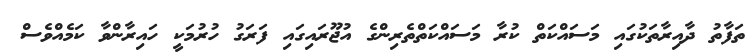
ތަފާތު ދާއިރާތަކުގައި މަސައްކަތް ކުރާ މަސައްކަތްތެރިންގެ އުޖޫރައިގައި ފަރަގު ހުރުމަކީ ހައިރާންވާ ކަމެއްވެސް